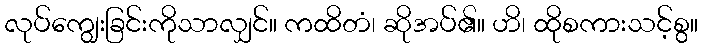
လုပ်ကျွေးခြင်းကိုသာလျှင်။ ကထိတံ၊ ဆိုအပ်၏။ ဟိ၊ ထိုစကားသင့်စွ။